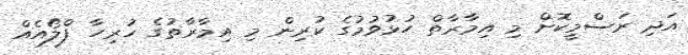
އަދި ރަސްމީކޮށް މި އިމާރާތް ހުޅުވުމުގެ ކުރިން މި އިމާރާތުގެ ހުރިހާ ފްލޯއެއް